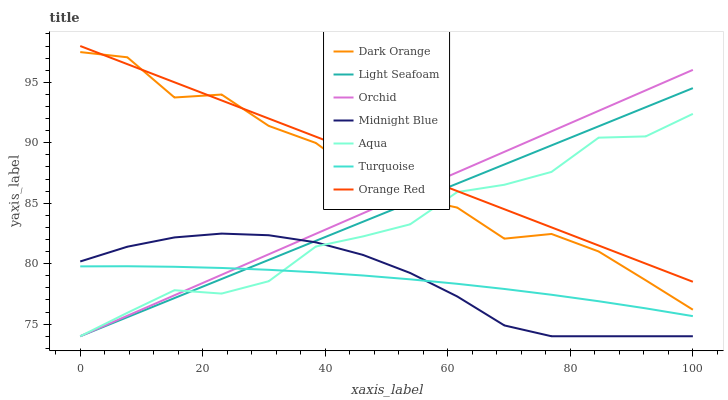
| xaxis_label | Dark Orange | Light Seafoam | Orchid | Midnight Blue | Aqua | Turquoise | Orange Red |
 | --- | --- | --- | --- | --- | --- | --- | --- |
 | 0 | 97.5 | 74 | 74 | 80.2 | 74 | 79.8 | 98 |
 | 7.69 | 97.1 | 75.6 | 75.7 | 81.4 | 75.9 | 79.8 | 96.5 |
 | 15.4 | 93.7 | 77.2 | 77.4 | 82.2 | 77.8 | 79.7 | 95 |
 | 23.1 | 94 | 78.7 | 79.1 | 82.5 | 77.5 | 79.6 | 93.5 |
 | 30.8 | 91.4 | 80.3 | 80.8 | 82.4 | 78.6 | 79.5 | 92 |
 | 38.5 | 90 | 81.9 | 82.5 | 81.8 | 81.4 | 79.3 | 90.5 |
 | 46.2 | 87.1 | 83.5 | 84.2 | 80.7 | 82.3 | 79 | 89 |
 | 53.8 | 85.5 | 85 | 85.9 | 79.2 | 83.3 | 78.7 | 87.5 |
 | 61.5 | 84.6 | 86.6 | 87.6 | 77.3 | 85.9 | 78.3 | 86 |
 | 69.2 | 82.1 | 88.2 | 89.2 | 74.9 | 86.5 | 77.9 | 84.5 |
 | 76.9 | 82.5 | 89.8 | 90.9 | 74 | 87.6 | 77.4 | 83 |
 | 84.6 | 81 | 91.4 | 92.6 | 74 | 90.4 | 76.9 | 81.5 |
 | 92.3 | 78.6 | 92.9 | 94.3 | 74 | 90.5 | 76.3 | 80 |
 | 100 | 76.2 | 94.5 | 96 | 74 | 92.4 | 75.7 | 78.5 |